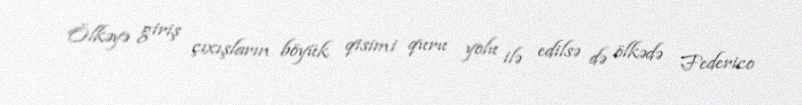
Ölkəyə giriş çıxışların böyük qisimi quru yolu ilə edilsə də ölkədə Federico